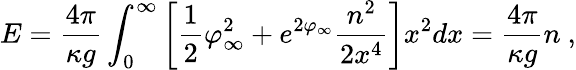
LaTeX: E=\frac{4\pi}{\kappa g}\int_{0}^{\infty}\left[\frac{1}{2}\varphi_{\infty}^{2}+e^{2\varphi_{\infty}}\frac{n^{2}}{2x^{4}}\right]x^{2}dx=\frac{4\pi}{\kappa g}n\ ,